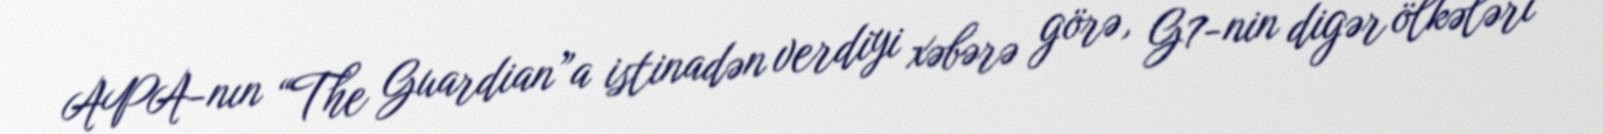
APA-nın “The Guardian”a istinadən verdiyi xəbərə görə, G7-nin digər ölkələri